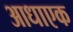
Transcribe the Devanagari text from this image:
आधाएक